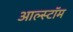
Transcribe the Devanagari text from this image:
आल्स्टॉम